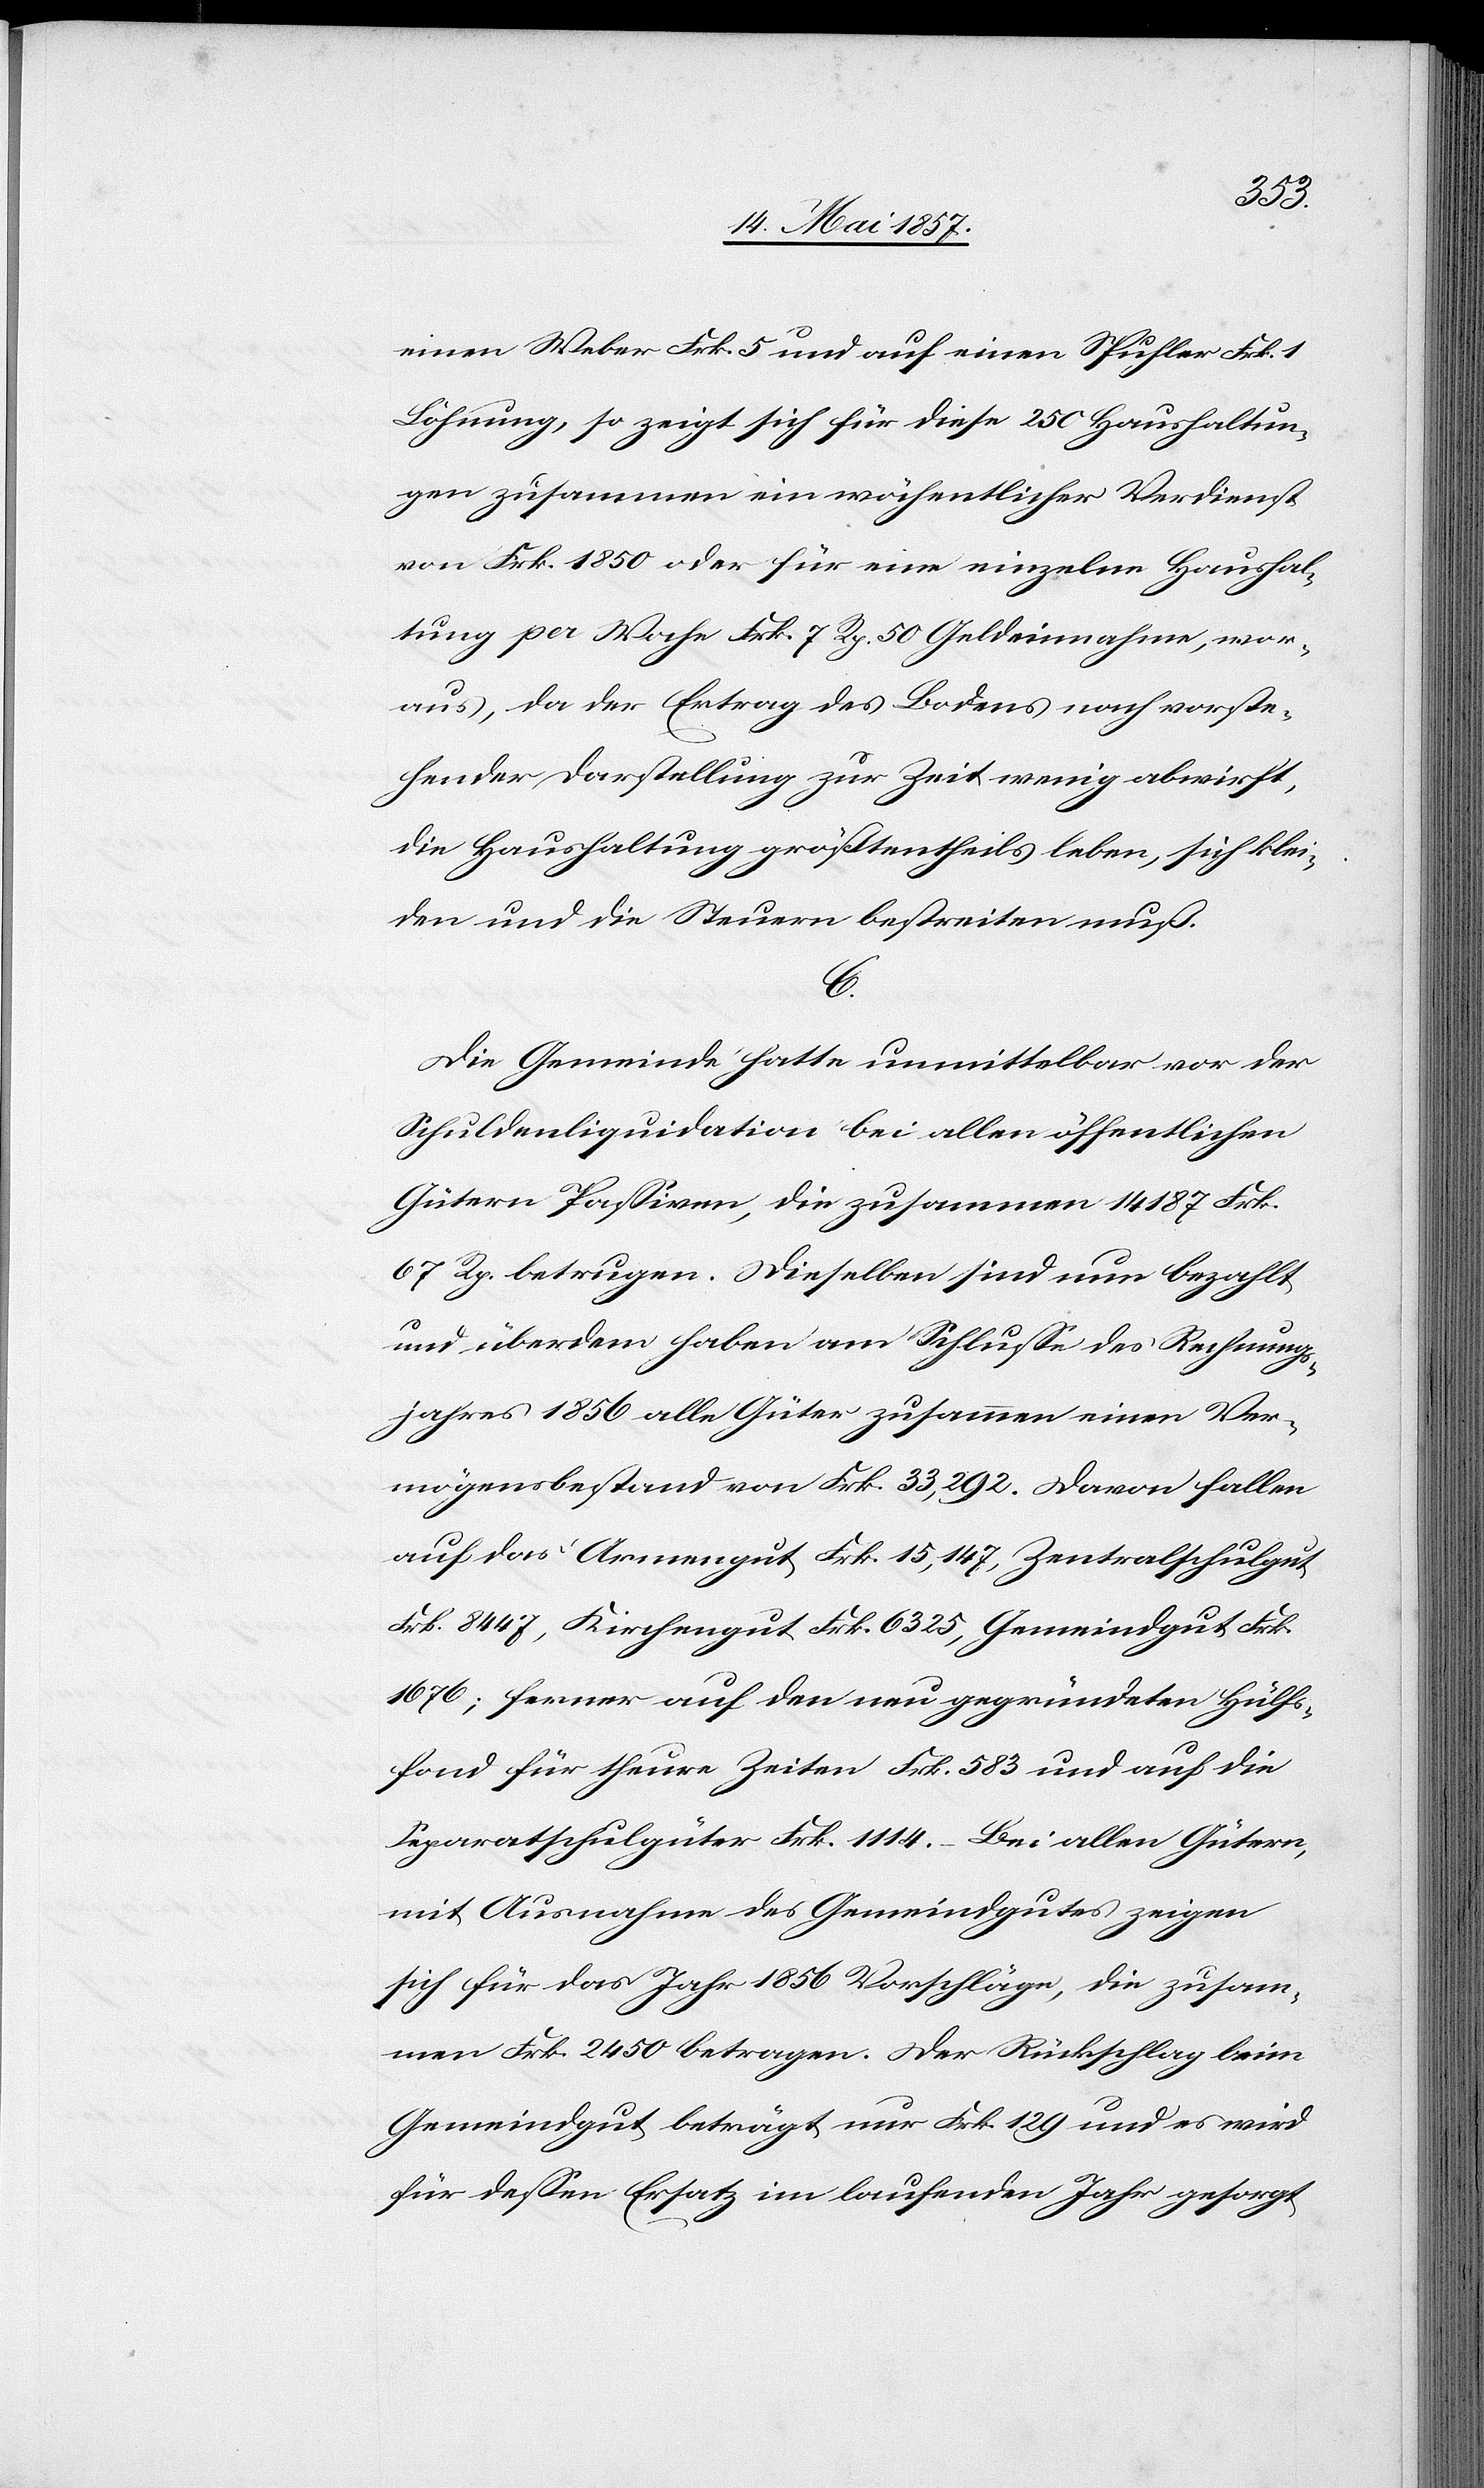
einen Weber Frk. 5 und auf einen Spuhler Frk. 1
Löhnung, so zeigt sich für diese 250 Haushaltun¬
gen zusammen ein wöchentlicher Verdienst
von Frk. 1850 oder für eine einzelne Haushal¬
tung pro Woche Frk. 7 Rp. 50 Geldeinnahme, wor¬
aus, da der Ertrag des Bodens nach vorste¬
hender Darstellung zur Zeit wenig abwirft,
die Haushaltung größtentheils leben, sich klei¬
den und die Steuern bestreiten muß.
C.
Die Gemeinde hatte unmittelbar vor der
Schuldenliquidation bei allen öffentlichen
Gütern Passiven, die zusammen 14 187 Frk.
67 Rp. betrugen. Dieselben sind nun bezahlt
und überdem haben am Schlusse des Rechnungs¬
jahres 1856 alle Güter zusammen einen Ver¬
mögensbestand von Frk. 33,292. Davon fallen
auf das Armengut Frk. 15,147, Zentralschulgut
Frk. 8447, Kirchengut Frk. 6325, Gemeindgut Frk.
1676; ferner auf den neu gegründeten Hülfs¬
tand für theure Zeiten Frk. 583 und auf die
Separatschulgüter Frk. 1114. – Bei allen Gütern
mit Ausnahme des Gemeindgutes zeigen
sich für das Jahr 1856 Vorschläge, die zusam¬
men Frk. 2450 betragen. Der Rückschlag beim
Gemeindgut beträgt nur Frk. 129 und es wird
für dessen Ersatz im laufenden Jahr gesorgt